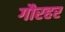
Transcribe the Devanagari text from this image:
गौरहर